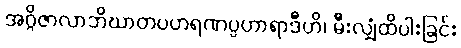
အဂ္ဂိဇာလာဘိဃာတပဟရဏပ္ပဟာရာဒီဟိ၊ မီးလျှံထိပါးခြင်း